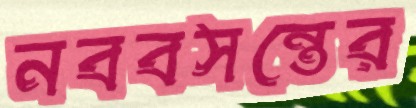
নববসন্তের